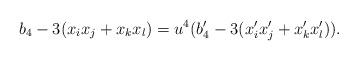
LaTeX: \begin{align*}b_4-3(x_ix_j+x_kx_l)=u^4(b_4'-3(x_i'x_j'+x_k'x_l')).\end{align*}